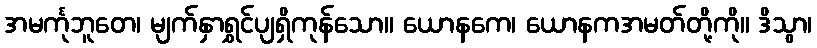
အမင်္ကုဘူတေ၊ မျက်နှာရွှင်ပျရှိကုန်သော။ ယောနကေ၊ ယောနကအမတ်တို့ကို။ ဒိသွာ၊